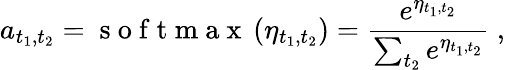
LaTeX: a_{t_{1},t_{2}}=\mathrm{~s~o~f~t~m~a~x~}\left(\eta_{t_{1},t_{2}}\right)=\frac{e^{\eta_{t_{1},t_{2}}}}{\sum_{t_{2}}{e^{\eta_{t_{1},t_{2}}}}}\ ,